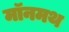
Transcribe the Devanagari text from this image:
मॉनमथ